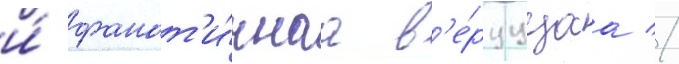
и́ фанат'и́чнаа в'е́руущаа //